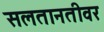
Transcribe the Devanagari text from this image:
सलतानतीवर